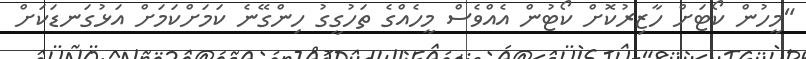
"މީހުން ކޯޓަށް ހާޒިރުކޮށް ކޯޓުން އެއްވެސް މީހެއްގެ ތަހުގީގު ހިންގޭނެ ކަމަށްކަމަށް އަޅުގަނޑަކަށް